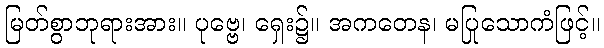
မြတ်စွာဘုရားအား။ ပုဗ္ဗေ၊ ရှေး၌။ အကတေန၊ မပြုသောကံဖြင့်။